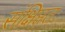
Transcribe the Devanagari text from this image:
संक्षिप्ततः